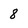
Character: 8